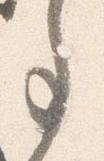
事